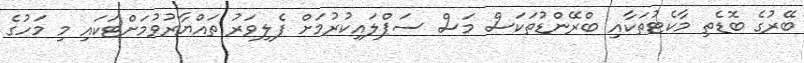
ބޭރުގެ ބޮޑެތި މާކެޓުތަކާއި ބްރޭންޑުތަކަސް މަސް ސަޕްލައިކުރުމަށް ފެލިވަރު ތައްޔާރުވުމަށްޓަކައި މި މަހުގެ